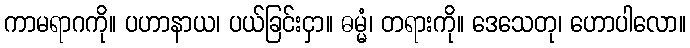
ကာမရာဂကို။ ပဟာနာယ၊ ပယ်ခြင်းငှာ။ ဓမ္မံ၊ တရားကို။ ဒေသေတု၊ ဟောပါလော။